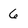
Character: 6